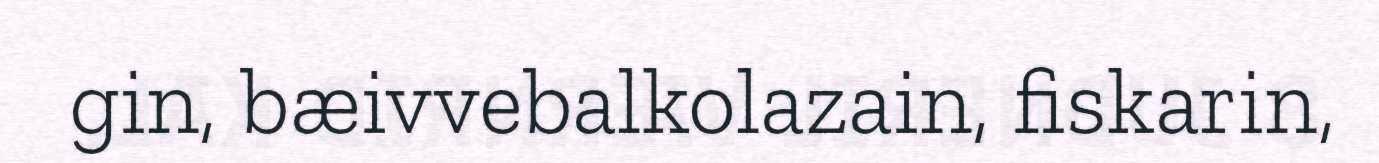
gin, bæivvebalkolazain, fiskarin,